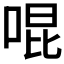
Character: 𪡓